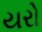
યરો